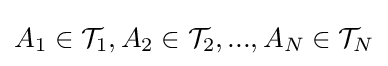
A_{1}\in {\mathcal {T}}_{1},A_{2}\in {\mathcal {T}}_{2},...,A_{N}\in {\mathcal {T}}_{N}